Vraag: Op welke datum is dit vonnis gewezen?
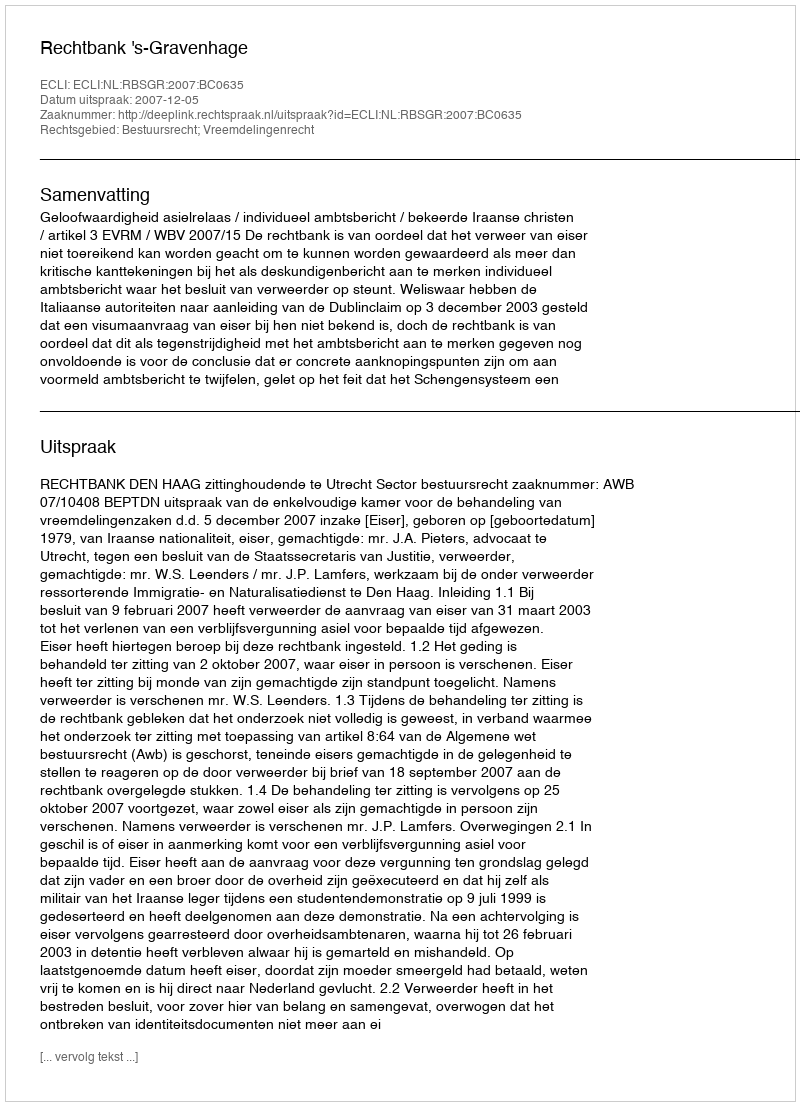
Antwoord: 2007-12-05